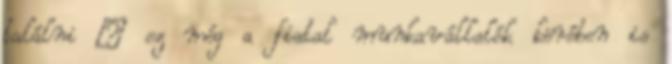
találni – ez még a fiatal munkavállalók körében is